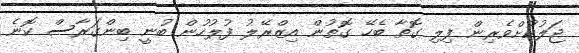
ޖަލުކުށްވެރިން ފިލި ގޮތާ ބެހޭ ގޮތުން އިޒްރޭލު ފުލުހުން ބުނީ ބިންގަރާސް ކޮނެ